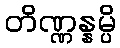
တိဏ္ဏန္နမ္ပိ